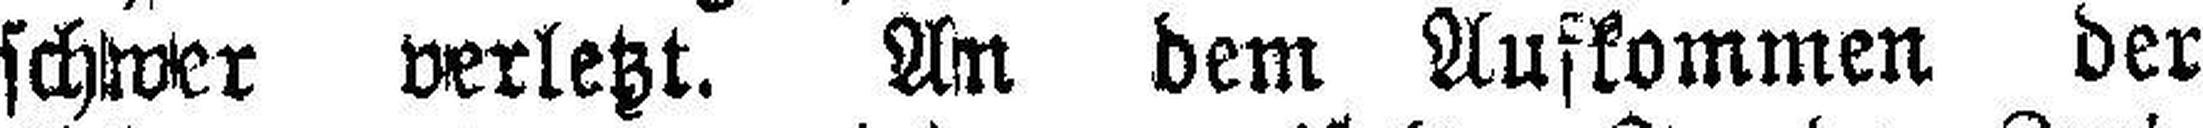
schwer verletzt. An dem Aufkommen der